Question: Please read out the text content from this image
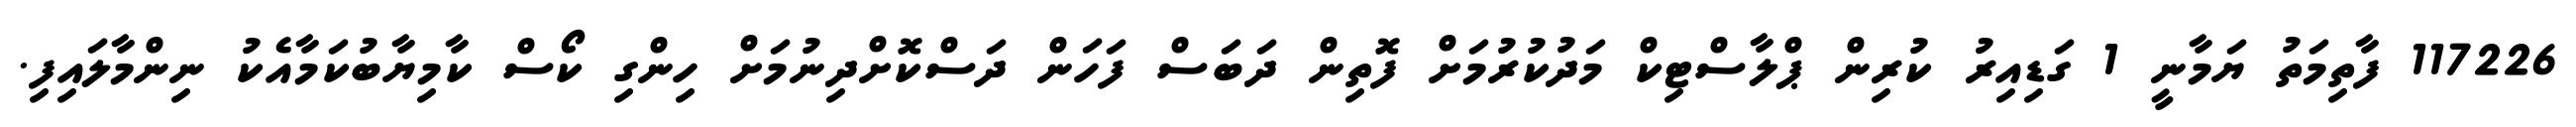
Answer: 117226 ފާތިމަތު ޔަމާނީ 1 ގަޑިއިރު ކުރިން ޕްލާސްޓިކް މަދުކުރުމަށް ފޮތިން ދަބަސް ފަހަން ދަސްކޮށްދިނުމަށް ހިންގި ކޯސް ކާމިޔާބުކަމާއެކު ނިންމާލައިފި.